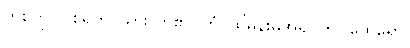
တစ်ကွ။ ဝိစရတိ၊ သွားလာ၏။ တံ၊ ထိုမိန်းမအရုပ်ကို။ ထေရော၊